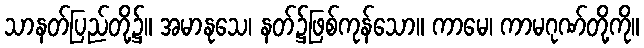
သာနတ်ပြည်တို့၌။ အမာနုသေ၊ နတ်၌ဖြစ်ကုန်သော။ ကာမေ၊ ကာမဂုဏ်တို့ကို။